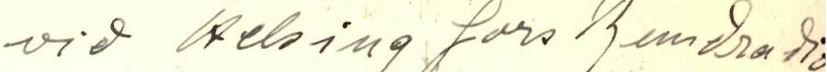
vid Helsingfors Rundradio